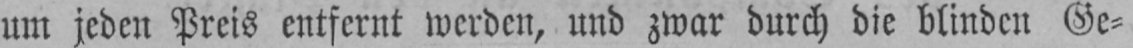
um jeden Preis entfernt werden, und zwar durch die blinden Ge⸗